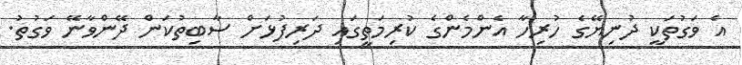
އެ ވަގުތަކީ ދުނިޔޭގެ ހުރިހާ އެންމެންގެ ކުރިމަތީގައި ދަރިފުޅަށް ސާބިތުކަން ދޭންވާނޭ ވަގުތު.